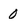
Character: 0